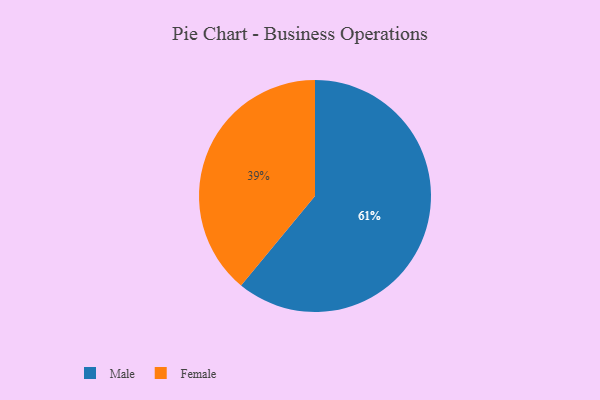
{"axis": {"x": "Category", "y": "Percentage"}, "legend": ["Female", "Male"], "data": [{"x": "Female", "y": 39, "type": "Female"}, {"x": "Male", "y": 61, "type": "Male"}]}